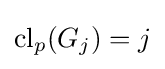
\mathrm {cl} _{p}(G_{j})=j